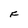
Character: F